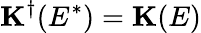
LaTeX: \mathbf{K}^{\dagger}(E^{*})=\mathbf{K}(E)